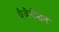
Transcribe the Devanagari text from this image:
प्रैजैन्टेशन